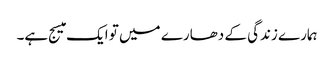
ہمارے زندگی کے دھارے میں تو ایک میسج ہے۔